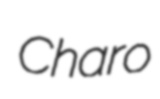
Charo